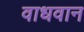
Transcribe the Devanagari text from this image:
वाधवान